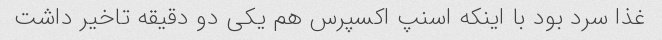
غذا سرد بود با اینکه اسنپ اکسپرس هم یکی دو دقیقه تاخیر داشت